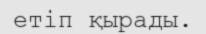
етіп қырады.